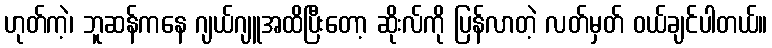
ဟုတ်ကဲ့၊ ဘူဆန်ကနေ ဂျယ်ဂျူအထိပြီးတော့ ဆိုးလ်ကို ပြန်လာတဲ့ လတ်မှတ် ဝယ်ချင်ပါတယ်။